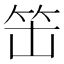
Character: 𱷱